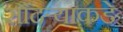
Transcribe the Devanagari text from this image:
सौंदर्‍याकडे